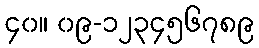
၄၀။ ၀၉-၁၂၃၄၅၆၇၈၉